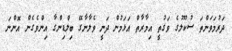
ދަރުމަވަންތަ ސުކޫލުގެ ވަގުތީ އިމާރާތް އަޅަމުން ދަނީ ވެލާނާގޭ ބިލްޑިންގާ އިންވެގެން އޮންނަ